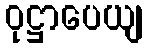
ဝုဋ္ဌာပေယျ